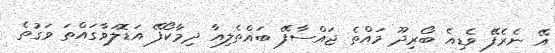
އޭ ނެރެފޭ ވެޑިއެ ބޯރިދޫ މައްތެ ޖައްސާފޭ ބައްތެލިއާ ދިމާކޯފޭ އަޑޮލަވާގައްތަ ވަގުތެ